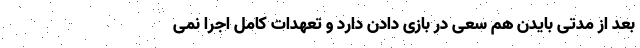
بعد از مدتی بایدن هم سعی در بازی دادن دارد و تعهدات کامل اجرا نمی